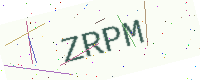
Text: ZRPM